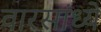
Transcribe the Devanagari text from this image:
वारसांध्ये